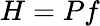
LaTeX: H=Pf